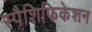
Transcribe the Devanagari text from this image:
स्पैशिफिकेशन